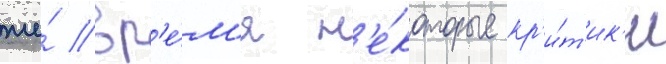
же́ вр'е́м'я н'е́которые кр'и́т'ик'и